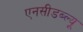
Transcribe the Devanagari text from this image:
एनसीडब्ल्यू